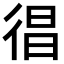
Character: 𢔒